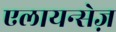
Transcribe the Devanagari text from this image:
एलायन्सेज़